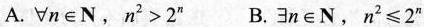
A.$$∀ n \in N$$，$$n ^ { 2 } > 2 ^ { n }$$ B.$$∃ n \in N$$，$$n ^ { 2 } ≤ 2 ^ { n }$$